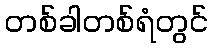
တစ်ခါတစ်ရံတွင်